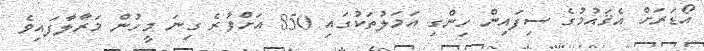
އޯޑަރަށް އެޤައުމުގެ ސިފައިން ހިންގި އަމަލުތަކުގައި 850 އަށްވުރެ ގިނަ މީހުން މަރާލާފައިވެ